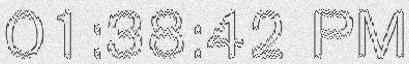
01:38:42 PM